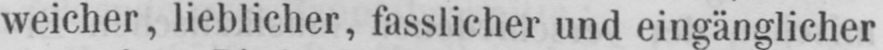
weicher, lieblicher, fasslicher und eingänglicher